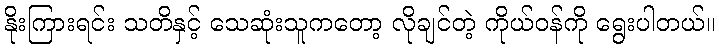
နိုးကြားရင်း သတိနှင့် သေဆုံးသူကတော့ လိုချင်တဲ့ ကိုယ်ဝန်ကို ရွေးပါတယ်။